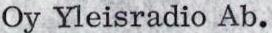
Oy Yleisradio Ab.